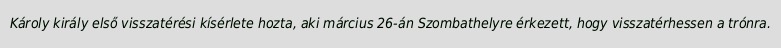
Károly király első visszatérési kísérlete hozta, aki március 26-án Szombathelyre érkezett, hogy visszatérhessen a trónra.